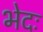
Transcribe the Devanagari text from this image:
भेदः